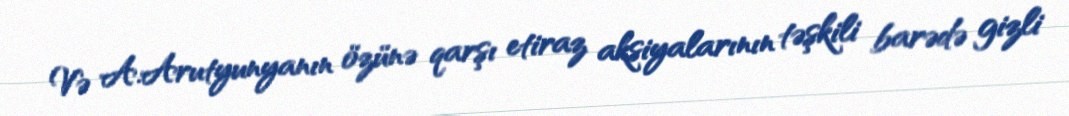
Və A.Arutyunyanın özünə qarşı etiraz aksiyalarının təşkili barədə gizli